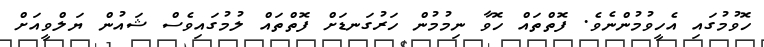
ހޮވުމުގައި އެހީވުމުންނެވެ. ފޮތްތައް ހޮވާ ނިމުމުން ހަރުގަނޑަށް ފޮތްތައް ލުމުގައިވެސް ޝައުން ޔަލްވީއަށް